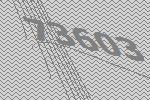
73603